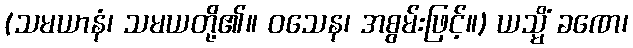
(သမယာနံ၊ သမယတို့၏။ ဝသေန၊ အစွမ်းဖြင့်။) ယသ္မိံ ခဏေ၊